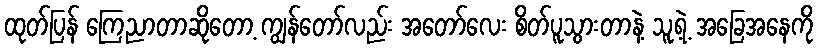
ထုတ်ပြန် ကြေညာတာဆိုတော့ ကျွန်တော်လည်း အတော်လေး စိတ်ပူသွားတာနဲ့ သူ့ရဲ့ အခြေအနေကို